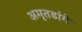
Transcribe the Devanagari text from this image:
अमृतडांगे